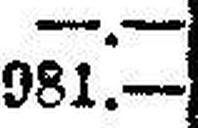
981.—